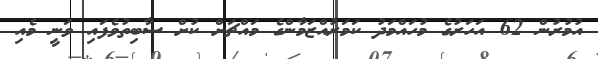
އުމުރުން 62 އަހަރުގެ މުހައްމަދު ކަމަރުއްޒަމާންގެ މައްޗަށް ކުށް ސާބިތުވެފައި ވަނީ މެއި